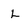
Character: L